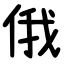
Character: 俄